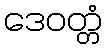
ဒေဝတ္တံ